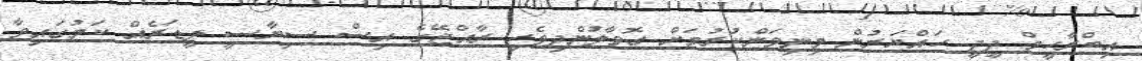
އިބްރާހީމް ދީދީ ހައްޔަރުން މިނިވަންކުރުމަށް ގޮވާލުންދިވެހި ރާއްޖޭގެ އިސް ސިޔާސީ ލީޑަރެއް ކަމުގައިވާ